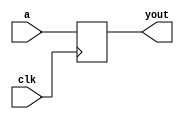
module register_assign(input clk, input [1:0] a, output [1:0] yout);

   reg [1:0] y;
   

   always @(posedge clk) begin
     y <= a;
   end

   wire [1:0] y_tmp;
   
   assign yout = y;

endmodule